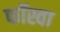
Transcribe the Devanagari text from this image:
फॉस्वा